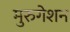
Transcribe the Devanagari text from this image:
मुरुगेशन